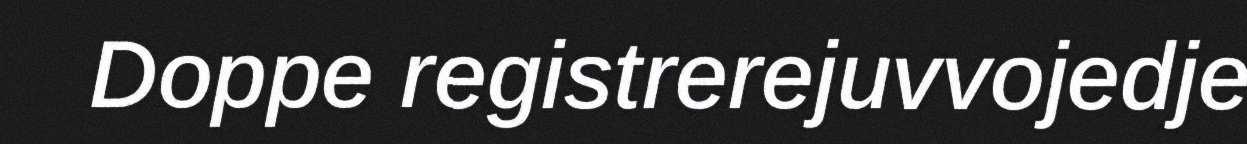
Doppe registrerejuvvojedje